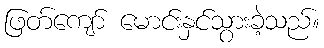
ဖြတ်ကျော် မောင်းနှင်သွားခဲ့သည်။